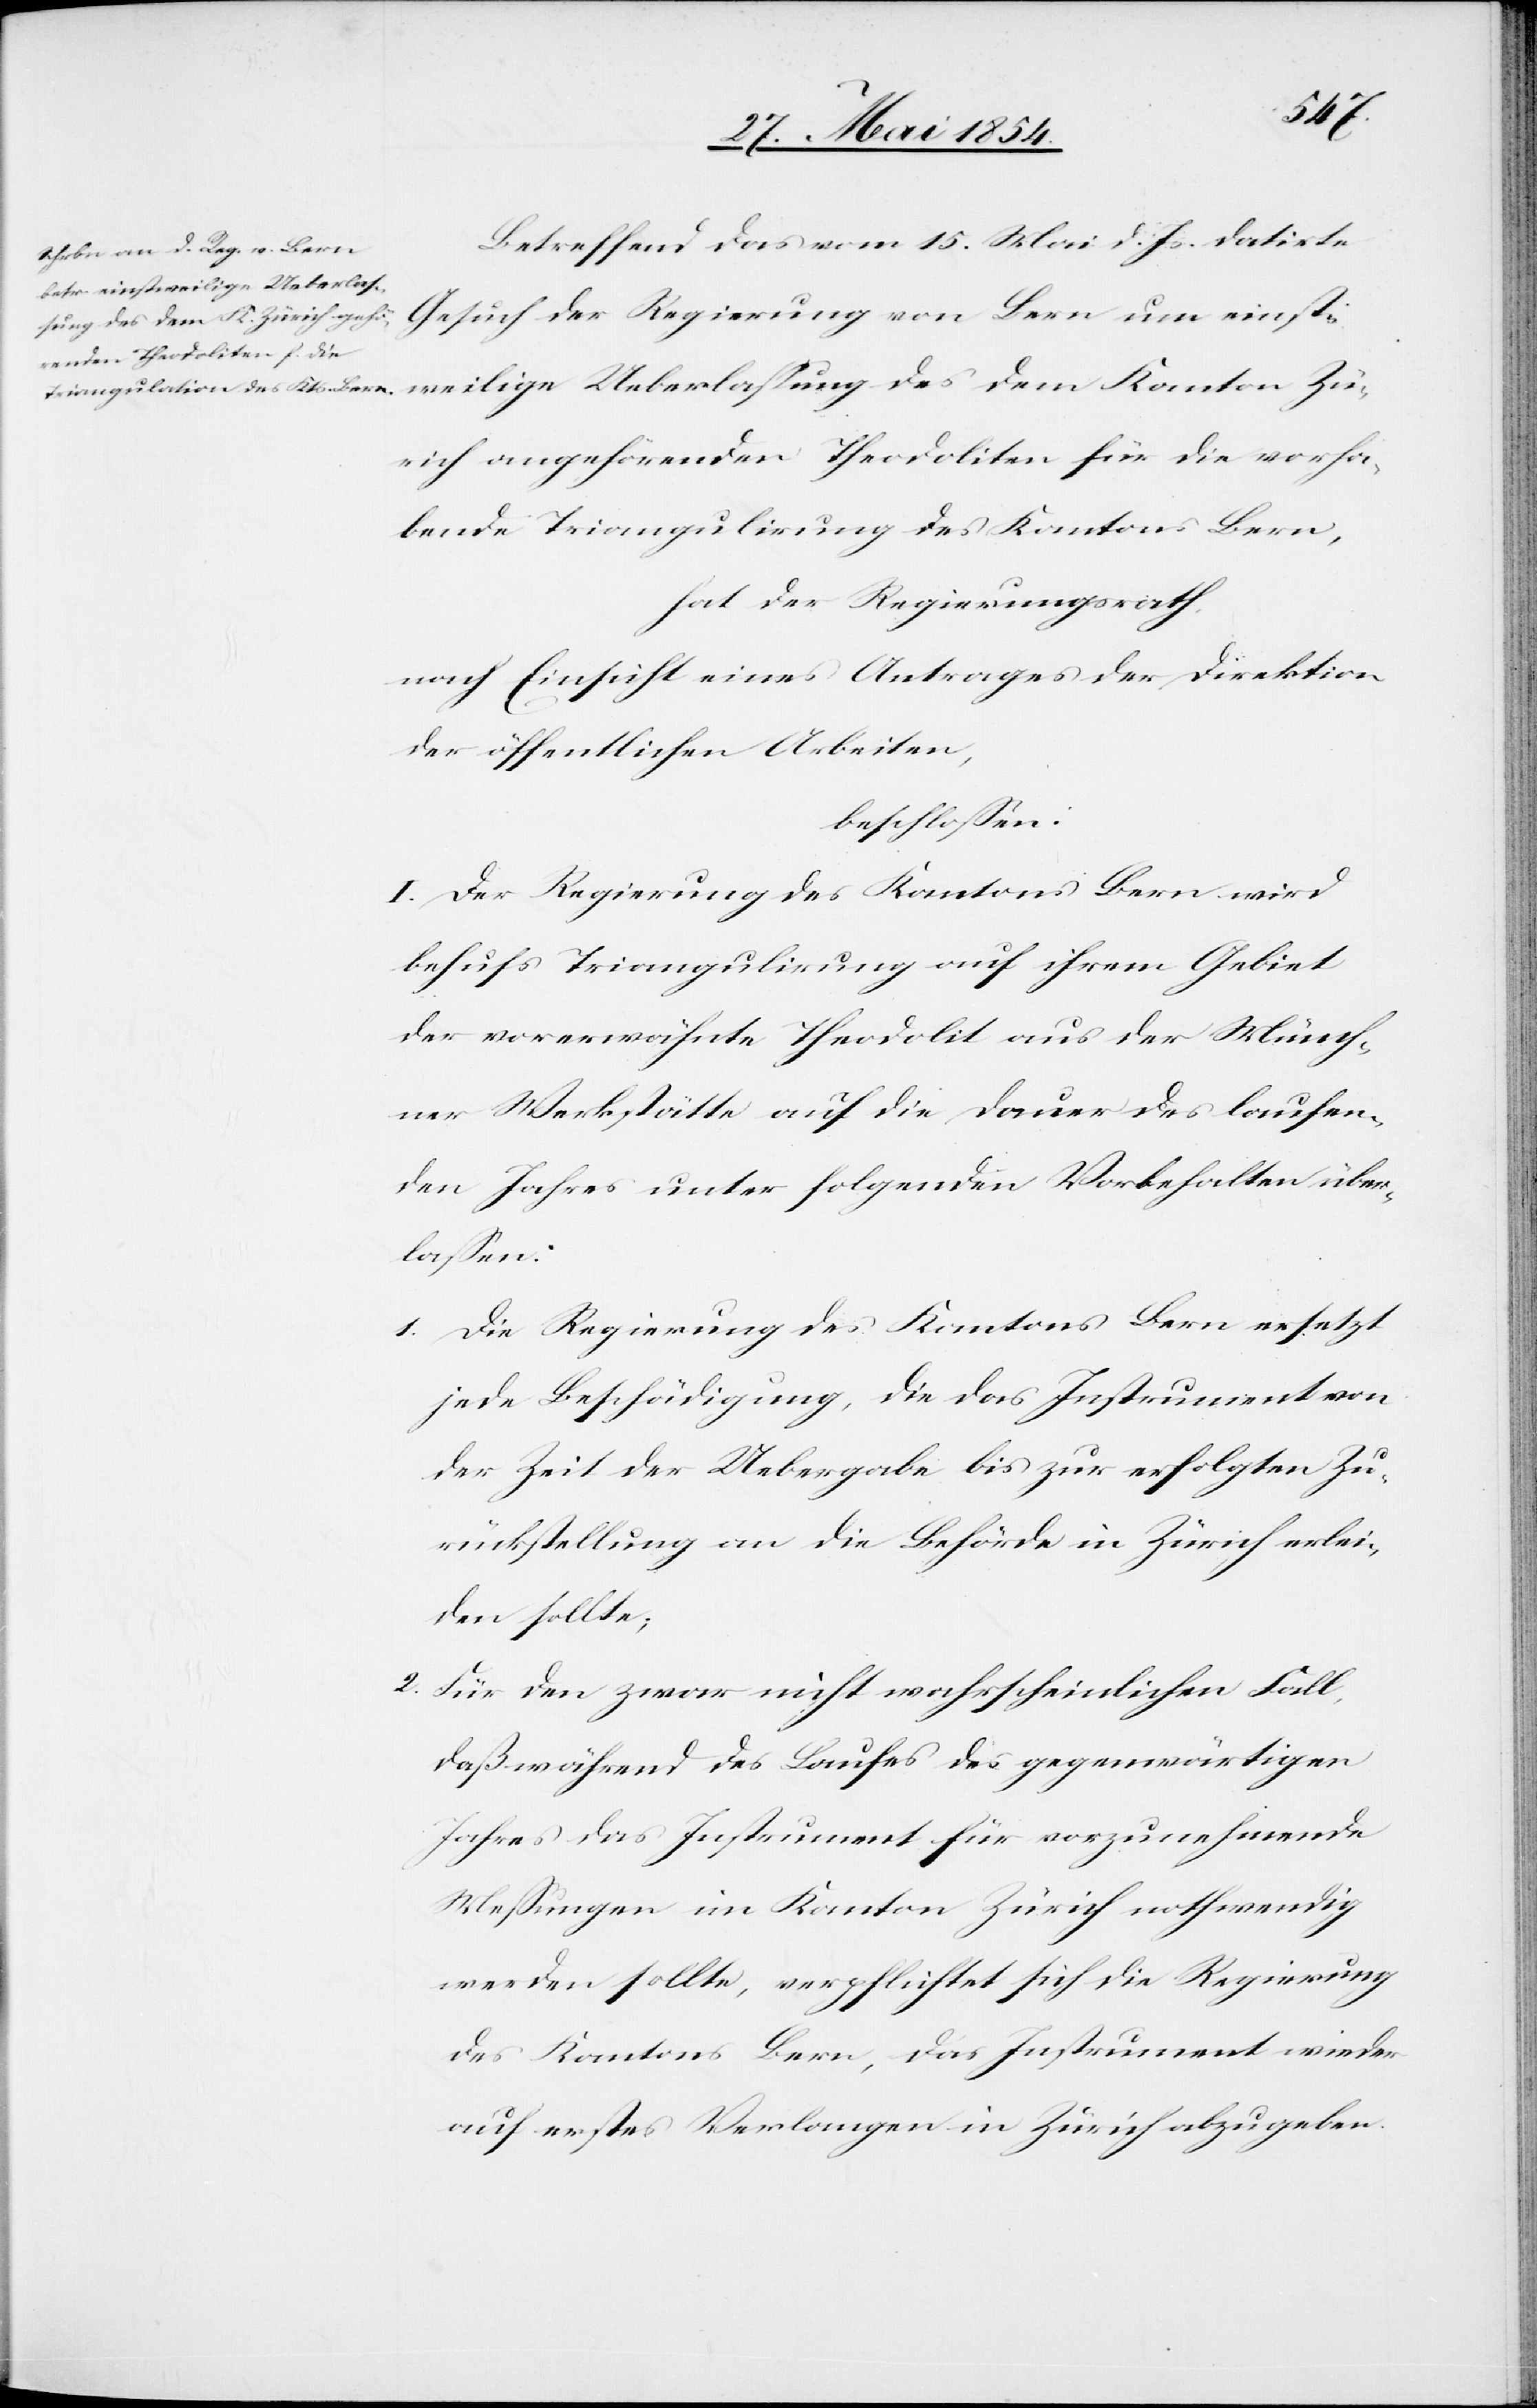
lige
Betreffend das vom 15. Mai d. Js. datirte
Gesuch der Regierung von Bern um einstwei¬
Zürich angehörenden Theodoliten für die vorhan¬
dene Triangulirung des Kantons Bern,
hat der Regierungsrath
nach Einsicht eines Antrages der Direktion
der öffentlichen Arbeiten,
beschloßen:
I. Der Regierung des Kantons Bern wird
behufs Triangulirung auf ihrem Gebiet
der vorerwähnte Theodolit aus der Münch¬
ner Werkstätte auf die Dauer des laufen¬
den Jahres unter folgenden Vorbehalten über¬
laßen:
1. Die Regierung des Kantons Bern ersetzt
jede Beschädigung, die das Instrument von
der Zeit der Uebergabe bis zu erfolgten Zu¬
rückstellung an die Behörde in Zürich erlei¬
den sollte;
2. Für den zwar nicht wahrscheinlichen Fall,
daß während des Laufes des gegenwärtigen
Jahres das Instrument für vorzunehmende
Meßungen im Kanton Zürich nothwendig
werden sollte, verpflichtet sich die Regierung
des Kantons Bern, das Instrument wieder
auf erstes Verlangen in Zürich abzugeben.